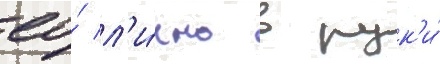
ео́ л'и́чно в рук'и́